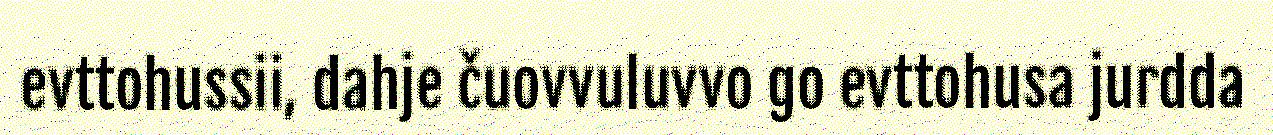
evttohussii, dahje čuovvuluvvo go evttohusa jurdda